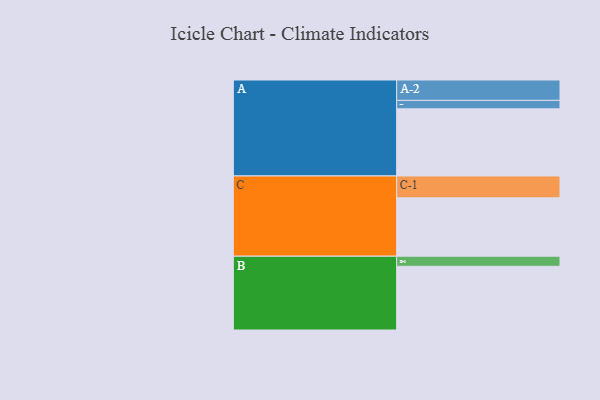
{"axis": {"x": "Segment", "y": "Value"}, "legend": ["", "A", "B", "C"], "data": [{"x": "A", "y": 593, "type": ""}, {"x": "B", "y": 563, "type": ""}, {"x": "C", "y": 516, "type": ""}, {"x": "A-1", "y": 75, "type": "A"}, {"x": "A-2", "y": 180, "type": "A"}, {"x": "B-1", "y": 89, "type": "B"}, {"x": "C-1", "y": 193, "type": "C"}]}